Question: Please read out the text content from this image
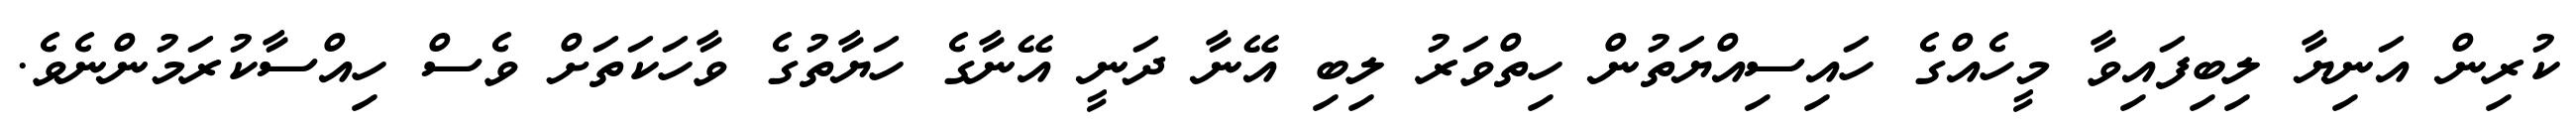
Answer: ކުރިން އަނިޔާ ލިބިފައިވާ މީހެއްގެ ހައިސިއްޔަތުން ހިތްވަރު ލިބި އޭނާ ދަނީ އޭނާގެ ހަޔާތުގެ ވާހަކަތަށް ވެސް ހިއްސާކުރަމުންނެވެ.